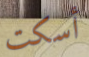
أسكت